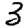
Digit: 3